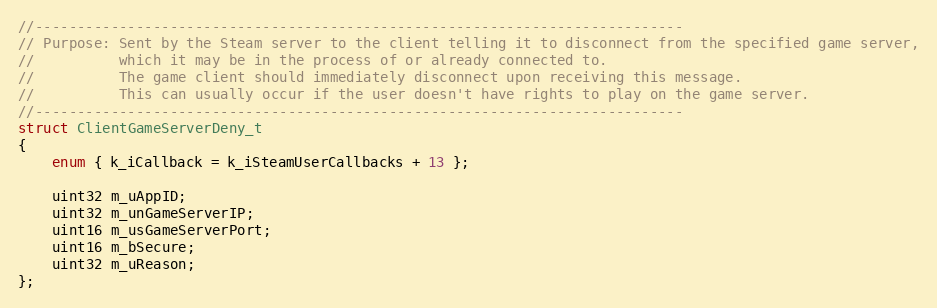
Language: C
//-----------------------------------------------------------------------------
// Purpose: Sent by the Steam server to the client telling it to disconnect from the specified game server,
//			which it may be in the process of or already connected to.
//			The game client should immediately disconnect upon receiving this message.
//			This can usually occur if the user doesn't have rights to play on the game server.
//-----------------------------------------------------------------------------
struct ClientGameServerDeny_t
{
	enum { k_iCallback = k_iSteamUserCallbacks + 13 };

	uint32 m_uAppID;
	uint32 m_unGameServerIP;
	uint16 m_usGameServerPort;
	uint16 m_bSecure;
	uint32 m_uReason;
};